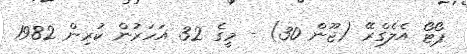
ޕޯޓޯ އެލެގްރޭ (ޖޫން 30) - މީގެ 32 އަހަރުން ކުރިން 1982